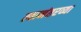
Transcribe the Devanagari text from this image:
त्यानंतरव्या